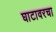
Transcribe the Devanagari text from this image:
घाटावरचा